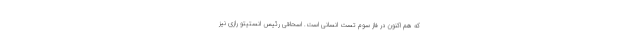
که هم اکنون در فاز سوم تست انسانی است. اسحاقی رئیس انستیتو رازی نیز